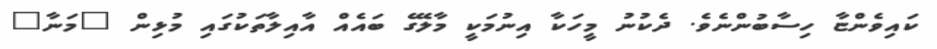
ކައިވެންޏާ ހިސާބުންނެވެ. ދެކުނު މީހަކާ އިނުމަކީ މާލޭގެ ބައެއް އާއިލާތަކުގައި މުޅިން "މަނާ"